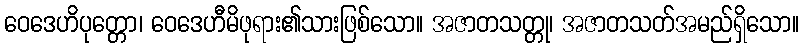
ဝေဒေဟိပုတ္တော၊ ဝေဒေဟီမိဖုရား၏သားဖြစ်သော။ အဇာတသတ္တု၊ အဇာတသတ်အမည်ရှိသော။